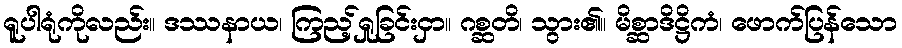
ရူပါရုံကိုလည်း။ ဒဿနာယ၊ ကြည့်ရှုခြင်းငှာ။ ဂစ္ဆတိ၊ သွား၏။ မိစ္ဆာဒိဋ္ဌိကံ၊ ဖောက်ပြန်သော